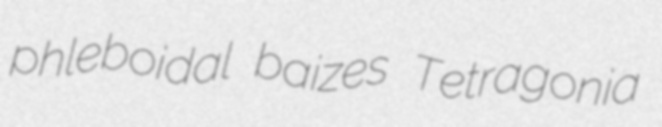
phleboidal baizes Tetragonia